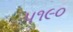
૫૧૯૦